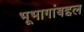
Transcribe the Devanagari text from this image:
भूभागांबद्दल